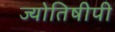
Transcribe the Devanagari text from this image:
ज्योतिषीपी